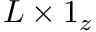
\boldsymbol { L } \times \boldsymbol { 1 } _ { z }